Report on vaccination North-West Frontier Province 1904-1922 - 1904-1922
Year: 1904
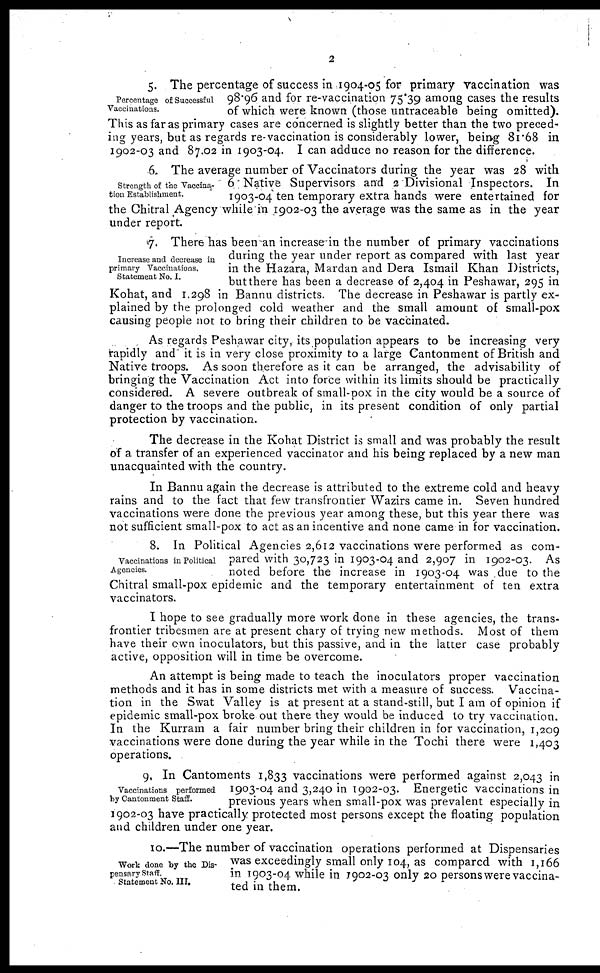
2
Percentage of Successful
Vaccinations.
5. The percentage of success in 1904-05 for primary vaccination was
98.96 and for re-vaccination 75.39 among cases the results
of which were known (those untraceable being omitted).
This as far as primary cases are concerned is slightly better than the two preced-
ing years, but as regards re-vaccination is considerably lower, being 81.68 in
1902-03 and 87.02 in 1903-04. I can adduce no reason for the difference.
Strength of the Vaccina-
tion Establishment.
6. The average number of Vaccinators during the year was 28 with
6 Native Supervisors and 2 Divisional Inspectors. In
1903-04 ten temporary extra hands were entertained for
the Chitral Agency while in 1902-03 the average was the same as in the year
under report.
Increase and decrease in
primary Vaccinations.
Statement No. I.
7. There has been an increase in the number of primary vaccinations
during the year under report as compared with last year
in the Hazara, Mardan and Dera Ismail Khan Districts,
but there has been a decrease of 2,404 in Peshawar, 295 in
Kohat, and 1,298 in Bannu districts. The decrease in Peshawar is partly ex-
plained by the prolonged cold weather and the small amount of small-pox
causing people not to bring their children to be vaccinated.
As regards Peshawar city, its population appears to be increasing very
rapidly and it is in very close proximity to a large Cantonment of British and
Native troops. As soon therefore as it can be arranged, the advisability of
bringing the Vaccination Act into force within its limits should be practically
considered. A severe outbreak of small-pox in the city would be a source of
danger to the troops and the public, in its present condition of only partial
protection by vaccination.
The decrease in the Kohat District is small and was probably the result
of a transfer of an experienced vaccinator and his being replaced by a new man
unacquainted with the country.
In Bannu again the decrease is attributed to the extreme cold and heavy
rains and to the fact that few transfrontier Wazirs came in. Seven hundred
vaccinations were done the previous year among these, but this year there was
not sufficient small-pox to act as an incentive and none came in for vaccination.
Vaccinations in Political
Agencies.
8. In Political Agencies 2,612 vaccinations were performed as com-
pared with 30,723 in 1903-04 and 2,907 in 1902-03. As
noted before the increase in 1903-04 was due to the
Chitral small-pox epidemic and the temporary entertainment of ten extra
vaccinators.
I hope to see gradually more work done in these agencies, the trans-
frontier tribesmen are at present chary of trying new methods. Most of them
have their own inoculators, but this passive, and in the latter case probably
active, opposition will in time be overcome.
An attempt is being made to teach the inoculators proper vaccination
methods and it has in some districts met with a measure of success. Vaccina-
tion in the Swat Valley is at present at a stand-still, but I am of opinion if
epidemic small-pox broke out there they would be induced to try vaccination.
In the Kurram a fair number bring their children in for vaccination, 1,209
vaccinations were done during the year while in the Tochi there were 1,403
operations.
Vaccinations performed
by Cantonment Staff.
9, In Cantoments 1,833 vaccinations were performed against 2,043 in
1903-04 and 3,240 in 1902-03. Energetic vaccinations in
previous years when small-pox was prevalent especially in
1902-03 have practically protected most persons except the floating population
and children under one year.
Work done by the Dis-
pensary Staff.
Statement No. III.
10.—The number of vaccination operations performed at Dispensaries
was exceedingly small only 104, as compared with 1,166
in 1903-04 while in 1902-03 only 20 persons were vaccina-
ted in them.